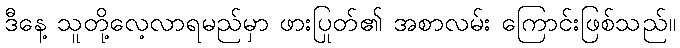
ဒီနေ့ သူတို့လေ့လာရမည်မှာ ဖားပြုတ်၏ အစာလမ်း ကြောင်းဖြစ်သည်။